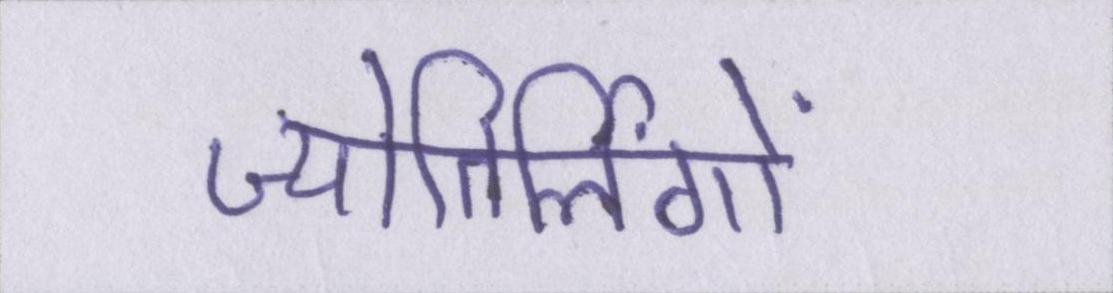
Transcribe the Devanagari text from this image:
ज्योतिर्लिंगों